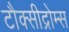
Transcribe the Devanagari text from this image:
टौक्सीद्रोम्स